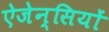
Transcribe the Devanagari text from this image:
ऐजेन्सियों